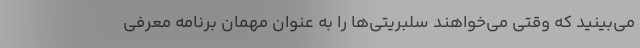
می‌بینید که وقتی می‌خواهند سلبریتی‌ها را به عنوان مهمان برنامه معرفی